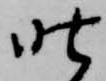
昨